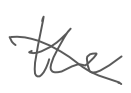
Text: the
Cross-out: diagonal
Writing tool: digital_gray